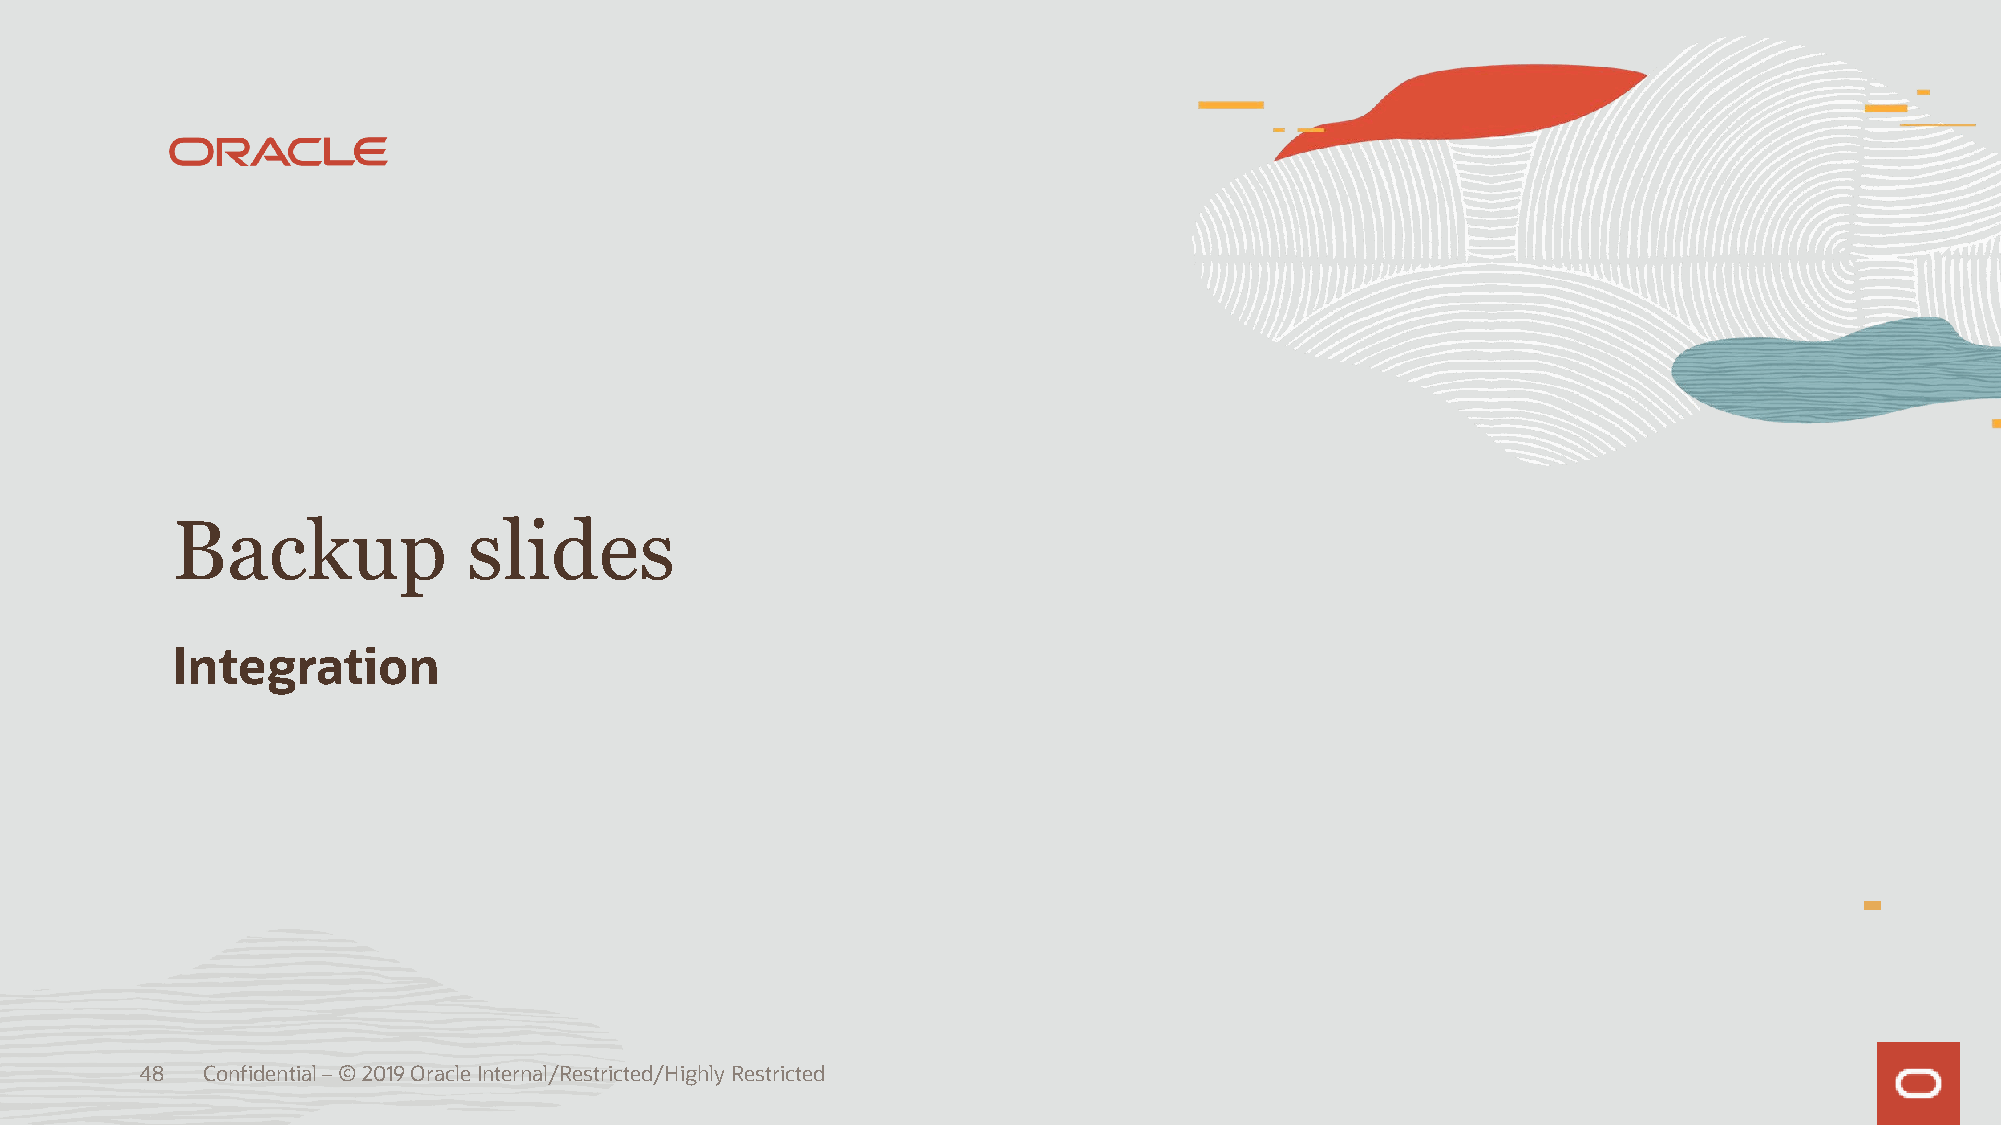
Backup              slides
 Integration
 48  Confidential –© 2019 Oracle Internal/Restricted/Highly Restricted